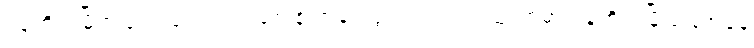
ရှန်ဟိုင်းမြို့ကပြုပြင်ပြောင်းလဲရေးနဲ့ တံခါး ဖွင့် ဝါဒ ကျင့်သုံးရာမှာ ရှန်ဟိုင်းမြို့ ခြေအနေ